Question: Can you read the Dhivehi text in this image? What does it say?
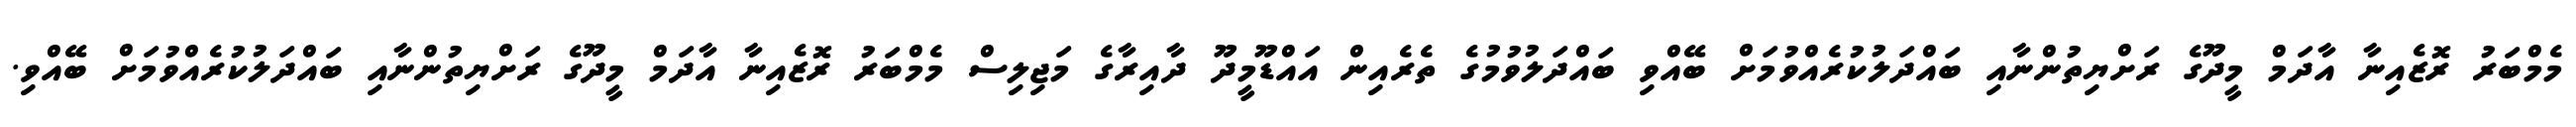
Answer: މެމްބަރު ރޮޒެއިނާ އާދަމް މީދޫގެ ރަށްޔިތުންނާއި ބައްދަލުކުރެއްވުމަށް ބޭއްވި ބައްދަލުވުމުގެ ތެރެއިން އައްޑޫމީދޫ ދާއިރާގެ މަޖިލިސް މެމްބަރު ރޮޒެއިނާ އާދަމް މީދޫގެ ރަށްޔިތުންނާއި ބައްދަލުކުރެއްވުމަށް ބޭއްވި.